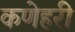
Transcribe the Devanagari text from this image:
कणेहरी